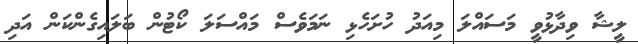
ލީޝާ ވިދާޅުވީ މަސައްލަ މިއަދު ހުށަހެޅި ނަމަވެސް މައްސަލަ ކޯޓުން ބަލައިގެންކަން އަދި